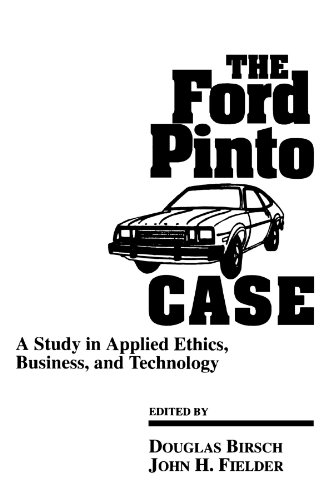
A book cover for The Ford Pinto Case (Suny Series, Case Studies in Applied Ethics, Technology, & Society); Business & Money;